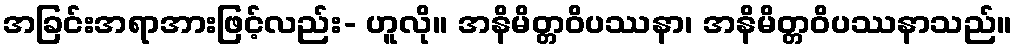
အခြင်းအရာအားဖြင့်လည်း- ဟူလို။ အနိမိတ္တဝိပဿနာ၊ အနိမိတ္တဝိပဿနာသည်။